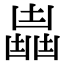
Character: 𠚛